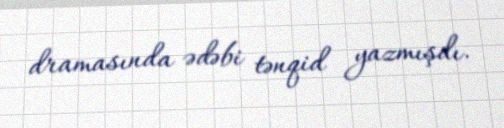
dramasında ədəbi tənqid yazmışdı.